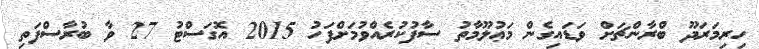
ހިރިމަރަދޫ ބްރާންޗަށް ވަޑައިގެން މަޢުލޫމާތު ސާފުކުރެއްވުމަށްފަހު 2015 އޮގަސްޓު 27 ވާ ބުރާސްފަތި